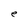
Character: e